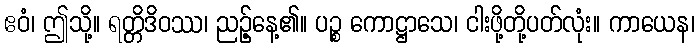
ဧဝံ၊ ဤသို့။ ရတ္တိဒိဝဿ၊ ညဉ့်နေ့၏။ ပဉ္စ ကောဋ္ဌာသေ၊ ငါးဖို့တို့ပတ်လုံး။ ကာယေန၊